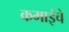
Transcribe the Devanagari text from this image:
कमाईचे